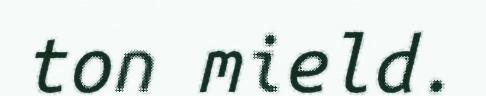
ton mield.